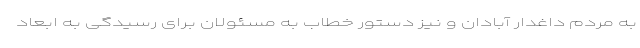
به مردم داغدار آبادان و نیز دستور خطاب به مسئولان برای رسیدگی به ابعاد